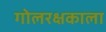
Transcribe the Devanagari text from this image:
गोलरक्षकाला